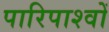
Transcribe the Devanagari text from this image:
पारिपाश्वों